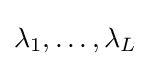
\lambda _{1},\ldots ,\lambda _{L}